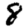
Digit: 8